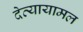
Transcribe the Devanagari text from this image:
देव्यायामल